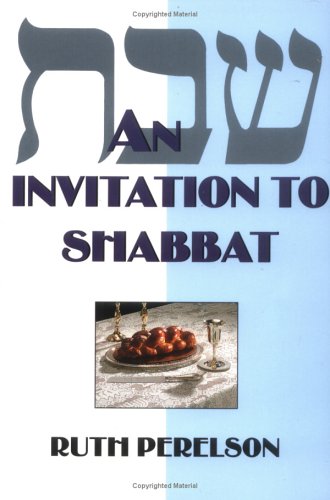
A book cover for An Invitation to Shabbat: A Beginner's Guide to Weekly Celebration; Ruth Perelson; Religion & Spirituality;